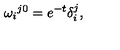
\omega _ { i } { } ^ { j 0 } = e ^ { - t } \delta _ { i } ^ { j } ,